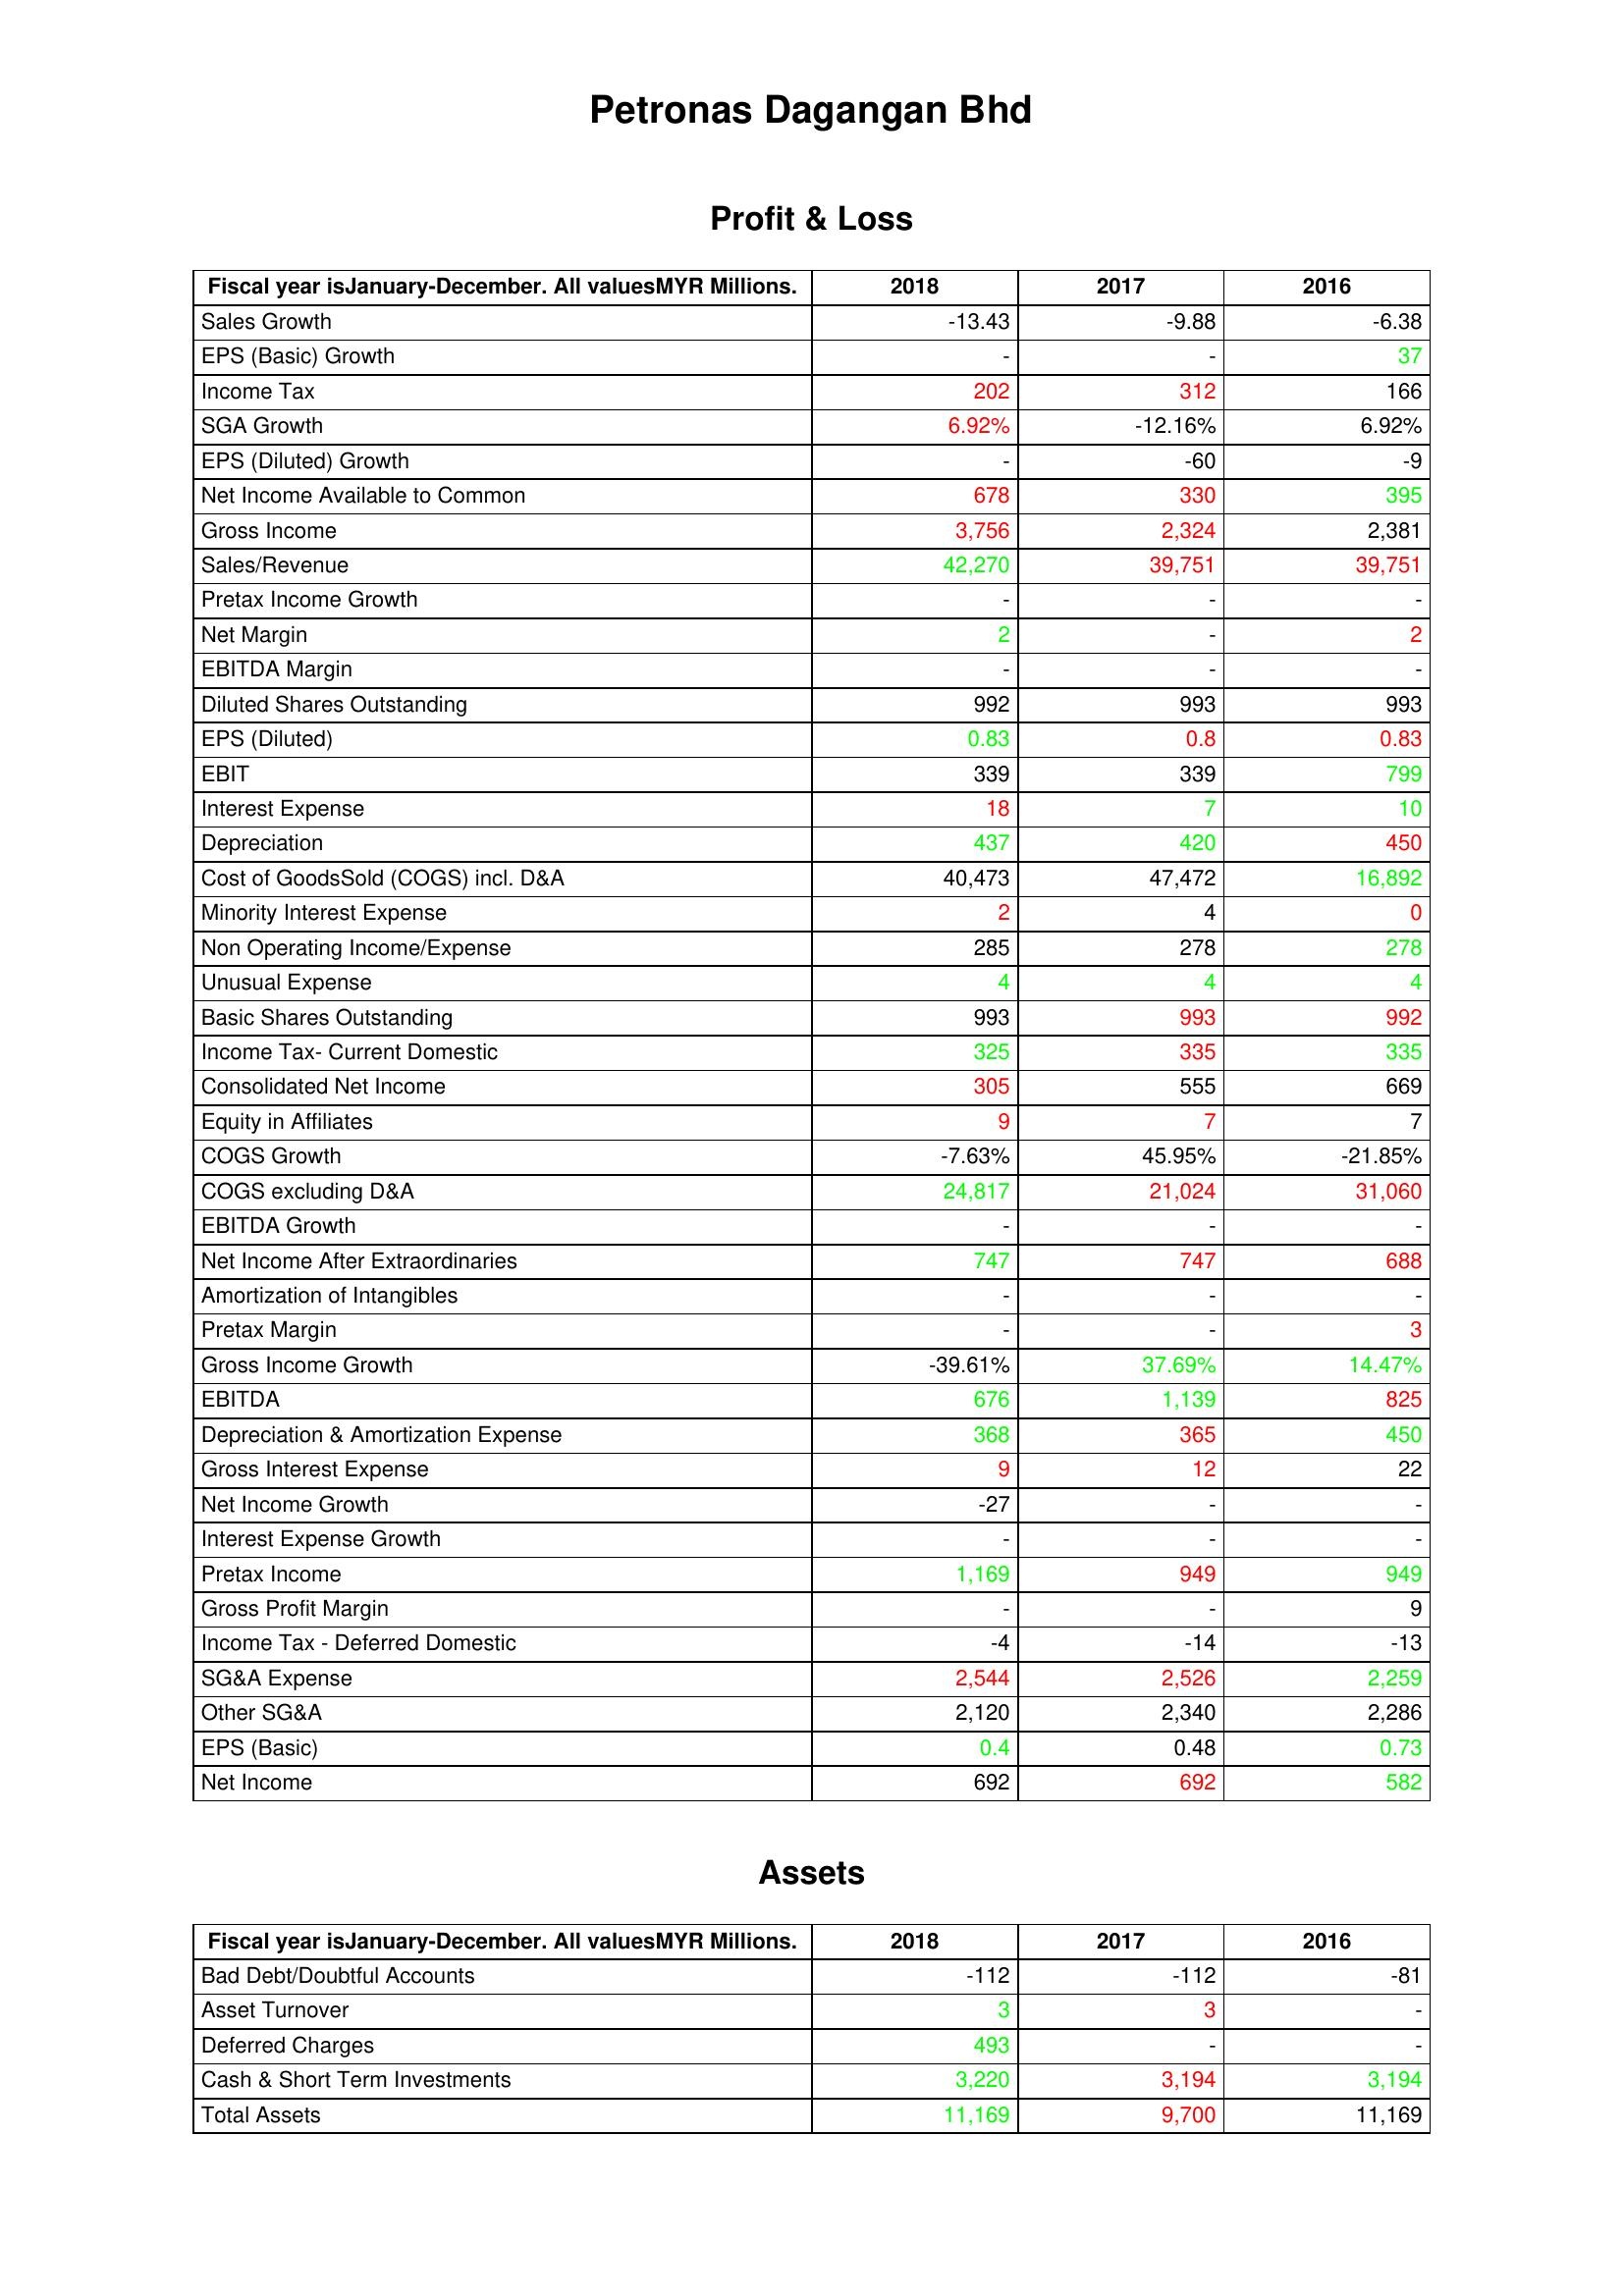
gt_parse: 2018: Profit & Loss: Sales Growth: -13.43
EPS (Basic) Growth: -
Income Tax: 202
SGA Growth: 6.92%
EPS (Diluted) Growth: -
Net Income Available to Common: 678
Gross Income: 3,756
Sales/Revenue: 42,270
Pretax Income Growth: -
Net Margin: 2
EBITDA Margin: -
Diluted Shares Outstanding: 992
EPS (Diluted): 0.83
EBIT: 339
Interest Expense: 18
Depreciation: 437
Cost of GoodsSold (COGS) incl. D&A: 40,473
Minority Interest Expense: 2
Non Operating Income/Expense: 285
Unusual Expense: 4
Basic Shares Outstanding: 993
Income Tax- Current Domestic: 325
Consolidated Net Income: 305
Equity in Affiliates: 9
COGS Growth: -7.63%
COGS excluding D&A: 24,817
EBITDA Growth: -
Net Income After Extraordinaries: 747
Amortization of Intangibles: -
Pretax Margin: -
Gross Income Growth: -39.61%
EBITDA: 676
Depreciation & Amortization Expense: 368
Gross Interest Expense: 9
Net Income Growth: -27
Interest Expense Growth: -
Pretax Income: 1,169
Gross Profit Margin: -
Income Tax - Deferred Domestic: -4
SG&A Expense: 2,544
Other SG&A: 2,120
EPS (Basic): 0.4
Net Income: 692
Assets: Bad Debt/Doubtful Accounts: -112
Asset Turnover: 3
Deferred Charges: 493
Cash & Short Term Investments: 3,220
Total Assets: 11,169
2017: Profit & Loss: Sales Growth: -9.88
EPS (Basic) Growth: -
Income Tax: 312
SGA Growth: -12.16%
EPS (Diluted) Growth: -60
Net Income Available to Common: 330
Gross Income: 2,324
Sales/Revenue: 39,751
Pretax Income Growth: -
Net Margin: -
EBITDA Margin: -
Diluted Shares Outstanding: 993
EPS (Diluted): 0.8
EBIT: 339
Interest Expense: 7
Depreciation: 420
Cost of GoodsSold (COGS) incl. D&A: 47,472
Minority Interest Expense: 4
Non Operating Income/Expense: 278
Unusual Expense: 4
Basic Shares Outstanding: 993
Income Tax- Current Domestic: 335
Consolidated Net Income: 555
Equity in Affiliates: 7
COGS Growth: 45.95%
COGS excluding D&A: 21,024
EBITDA Growth: -
Net Income After Extraordinaries: 747
Amortization of Intangibles: -
Pretax Margin: -
Gross Income Growth: 37.69%
EBITDA: 1,139
Depreciation & Amortization Expense: 365
Gross Interest Expense: 12
Net Income Growth: -
Interest Expense Growth: -
Pretax Income: 949
Gross Profit Margin: -
Income Tax - Deferred Domestic: -14
SG&A Expense: 2,526
Other SG&A: 2,340
EPS (Basic): 0.48
Net Income: 692
Assets: Bad Debt/Doubtful Accounts: -112
Asset Turnover: 3
Deferred Charges: -
Cash & Short Term Investments: 3,194
Total Assets: 9,700
2016: Profit & Loss: Sales Growth: -6.38
EPS (Basic) Growth: 37
Income Tax: 166
SGA Growth: 6.92%
EPS (Diluted) Growth: -9
Net Income Available to Common: 395
Gross Income: 2,381
Sales/Revenue: 39,751
Pretax Income Growth: -
Net Margin: 2
EBITDA Margin: -
Diluted Shares Outstanding: 993
EPS (Diluted): 0.83
EBIT: 799
Interest Expense: 10
Depreciation: 450
Cost of GoodsSold (COGS) incl. D&A: 16,892
Minority Interest Expense: 0
Non Operating Income/Expense: 278
Unusual Expense: 4
Basic Shares Outstanding: 992
Income Tax- Current Domestic: 335
Consolidated Net Income: 669
Equity in Affiliates: 7
COGS Growth: -21.85%
COGS excluding D&A: 31,060
EBITDA Growth: -
Net Income After Extraordinaries: 688
Amortization of Intangibles: -
Pretax Margin: 3
Gross Income Growth: 14.47%
EBITDA: 825
Depreciation & Amortization Expense: 450
Gross Interest Expense: 22
Net Income Growth: -
Interest Expense Growth: -
Pretax Income: 949
Gross Profit Margin: 9
Income Tax - Deferred Domestic: -13
SG&A Expense: 2,259
Other SG&A: 2,286
EPS (Basic): 0.73
Net Income: 582
Assets: Bad Debt/Doubtful Accounts: -81
Asset Turnover: -
Deferred Charges: -
Cash & Short Term Investments: 3,194
Total Assets: 11,169